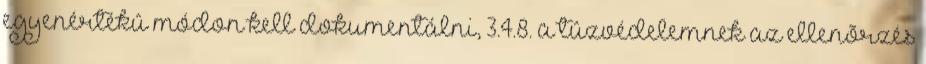
egyenértékû módon kell dokumentálni, 3.4.8. a tûzvédelemnek az ellenõrzés